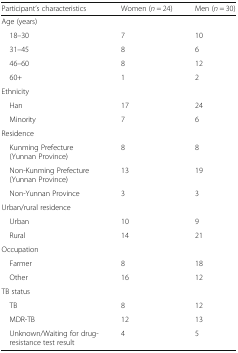
<table><thead><tr><td><b>Participant’s characteristics</b></td><td><b>Women (<i>n</i> = 24)</b></td><td><b>Men (<i>n</i> = 30)</b></td></tr></thead><tbody><tr><td>Age (years)</td><td></td><td></td></tr><tr><td> 18–30</td><td>7</td><td>10</td></tr><tr><td> 31–45</td><td>8</td><td>6</td></tr><tr><td> 46–60</td><td>8</td><td>12</td></tr><tr><td> 60+</td><td>1</td><td>2</td></tr><tr><td>Ethnicity</td><td></td><td></td></tr><tr><td> Han</td><td>17</td><td>24</td></tr><tr><td> Minority</td><td>7</td><td>6</td></tr><tr><td>Residence</td><td></td><td></td></tr><tr><td> Kunming Prefecture (Yunnan Province)</td><td>8</td><td>8</td></tr><tr><td> Non-Kunming Prefecture (Yunnan Province)</td><td>13</td><td>19</td></tr><tr><td> Non-Yunnan Province</td><td>3</td><td>3</td></tr><tr><td>Urban/rural residence</td><td></td><td></td></tr><tr><td> Urban</td><td>10</td><td>9</td></tr><tr><td> Rural</td><td>14</td><td>21</td></tr><tr><td>Occupation</td><td></td><td></td></tr><tr><td> Farmer</td><td>8</td><td>18</td></tr><tr><td> Other</td><td>16</td><td>12</td></tr><tr><td>TB status</td><td></td><td></td></tr><tr><td> TB</td><td>8</td><td>12</td></tr><tr><td> MDR-TB</td><td>12</td><td>13</td></tr><tr><td> Unknown/Waiting for drug-resistance test result</td><td>4</td><td>5</td></tr></tbody></table>